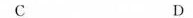
C D